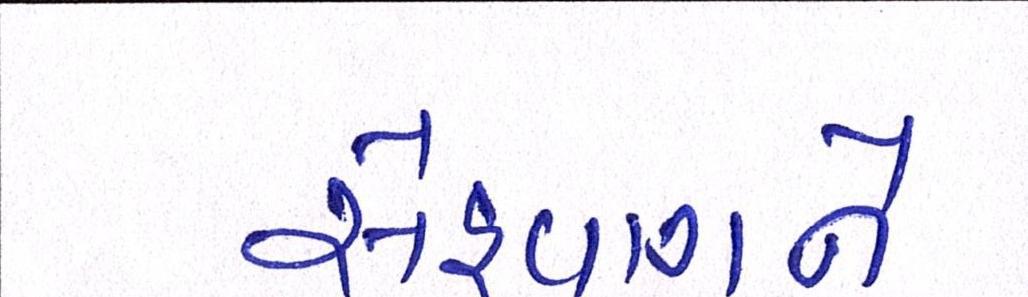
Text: સેહવાગને